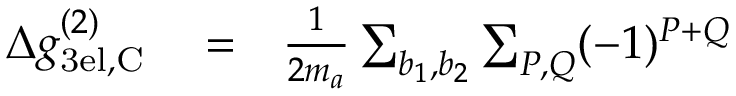
\begin{array} { r l r } { \Delta g _ { \mathrm { 3 e l , C } } ^ { ( 2 ) } } & { { } = } & { \frac { 1 } { 2 m _ { a } } \sum _ { b _ { 1 } , b _ { 2 } } \sum _ { P , Q } ( - 1 ) ^ { P + Q } } \end{array}